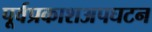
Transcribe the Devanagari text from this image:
पूर्वप्रकाशअपघटन